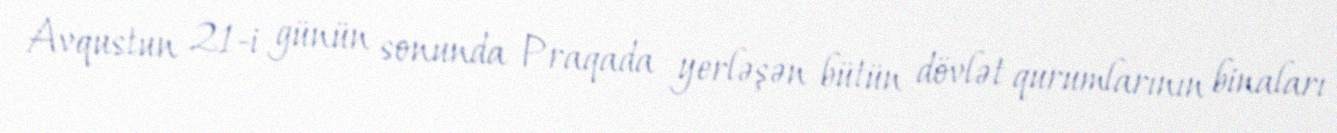
Avqustun 21-i günün sonunda Praqada yerləşən bütün dövlət qurumlarının binaları